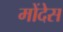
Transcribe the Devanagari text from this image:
मोंदेस